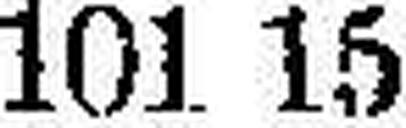
101 15